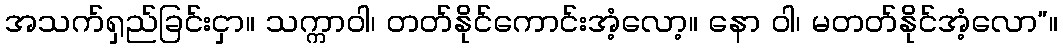
အသက်ရှည်ခြင်းငှာ။ သက္ကာဝါ၊ တတ်နိုင်ကောင်းအံ့လော့။ နော ဝါ၊ မတတ်နိုင်အံ့လော”။